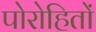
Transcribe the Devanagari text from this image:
पोरोहितों